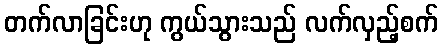
တက်လာခြင်းဟု ကွယ်သွားသည် လက်လှည့်စက်